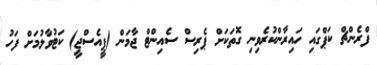
ފްރެންޗް ކަޕްގައި ހައިރާންކުރެވިނި ގޮތަކަށް ޕެރިސް ސެއިންޓް ޖާމަން (ޕީއެސްޖީ) ކަޓުވާލުމަށް ފަހު